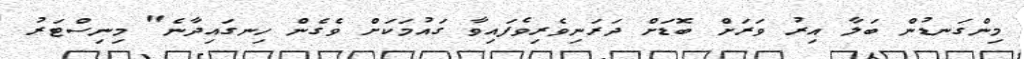
މިންގަނޑުން ބަލާ އިރު ވަރަށް ބޮޑަށް ދަރަނިވެރިވެފައިވާ ގައުމަކަށް ވެގެން ހިނގައިދާނެ" މިނިސްޓަރު